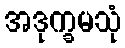
အဒုက္ခမသုံ